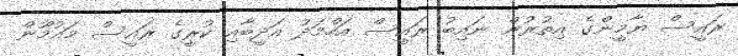
ރައީސް ޔާމީންގެ އިތުރުން ނައިބު ރައީސް އަހްމަދު އަދީބާއި ކުރީގެ ރައީސް މައުމޫން